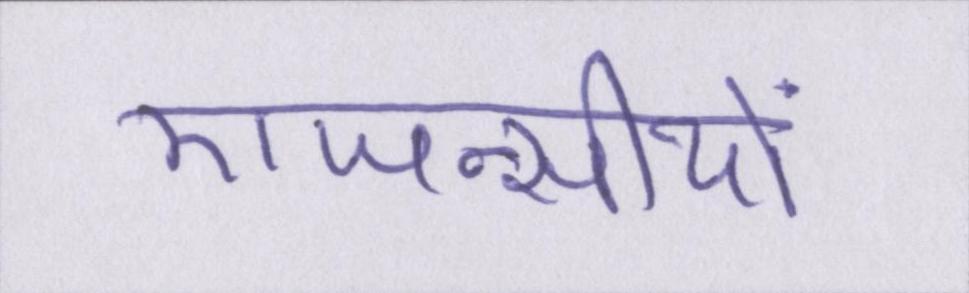
एजन्सीयों